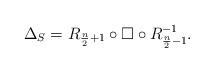
LaTeX: \begin{gather*}\Delta_S = R_{\frac{n}{2}+1}\circ \square\circ R^{-1}_{\frac{n}{2}-1}.\end{gather*}